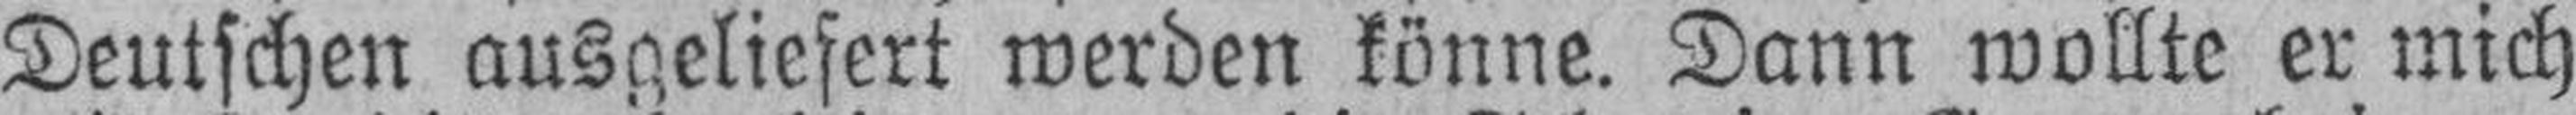
Deutschen ausgeliefert werden könne. Dann wollte er mich